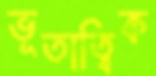
ভূতাত্বিক